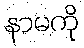
နာမကို